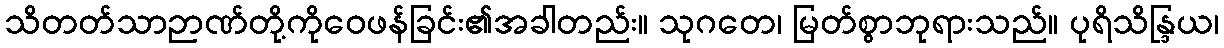
သိတတ်သာဉာဏ်တို့ကိုဝေဖန်ခြင်း၏အခါတည်း။ သုဂတေ၊ မြတ်စွာဘုရားသည်။ ပုရိသိန္ဒြယ၊